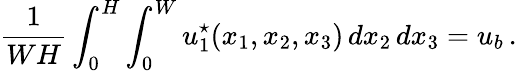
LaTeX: \displaystyle\frac{1}{WH}\int_{0}^{H}\int_{0}^{W}u_{1}^{\star}(x_{1},x_{2},x_{3})\, dx_{2}\, dx_{3}=u_{b}\, .